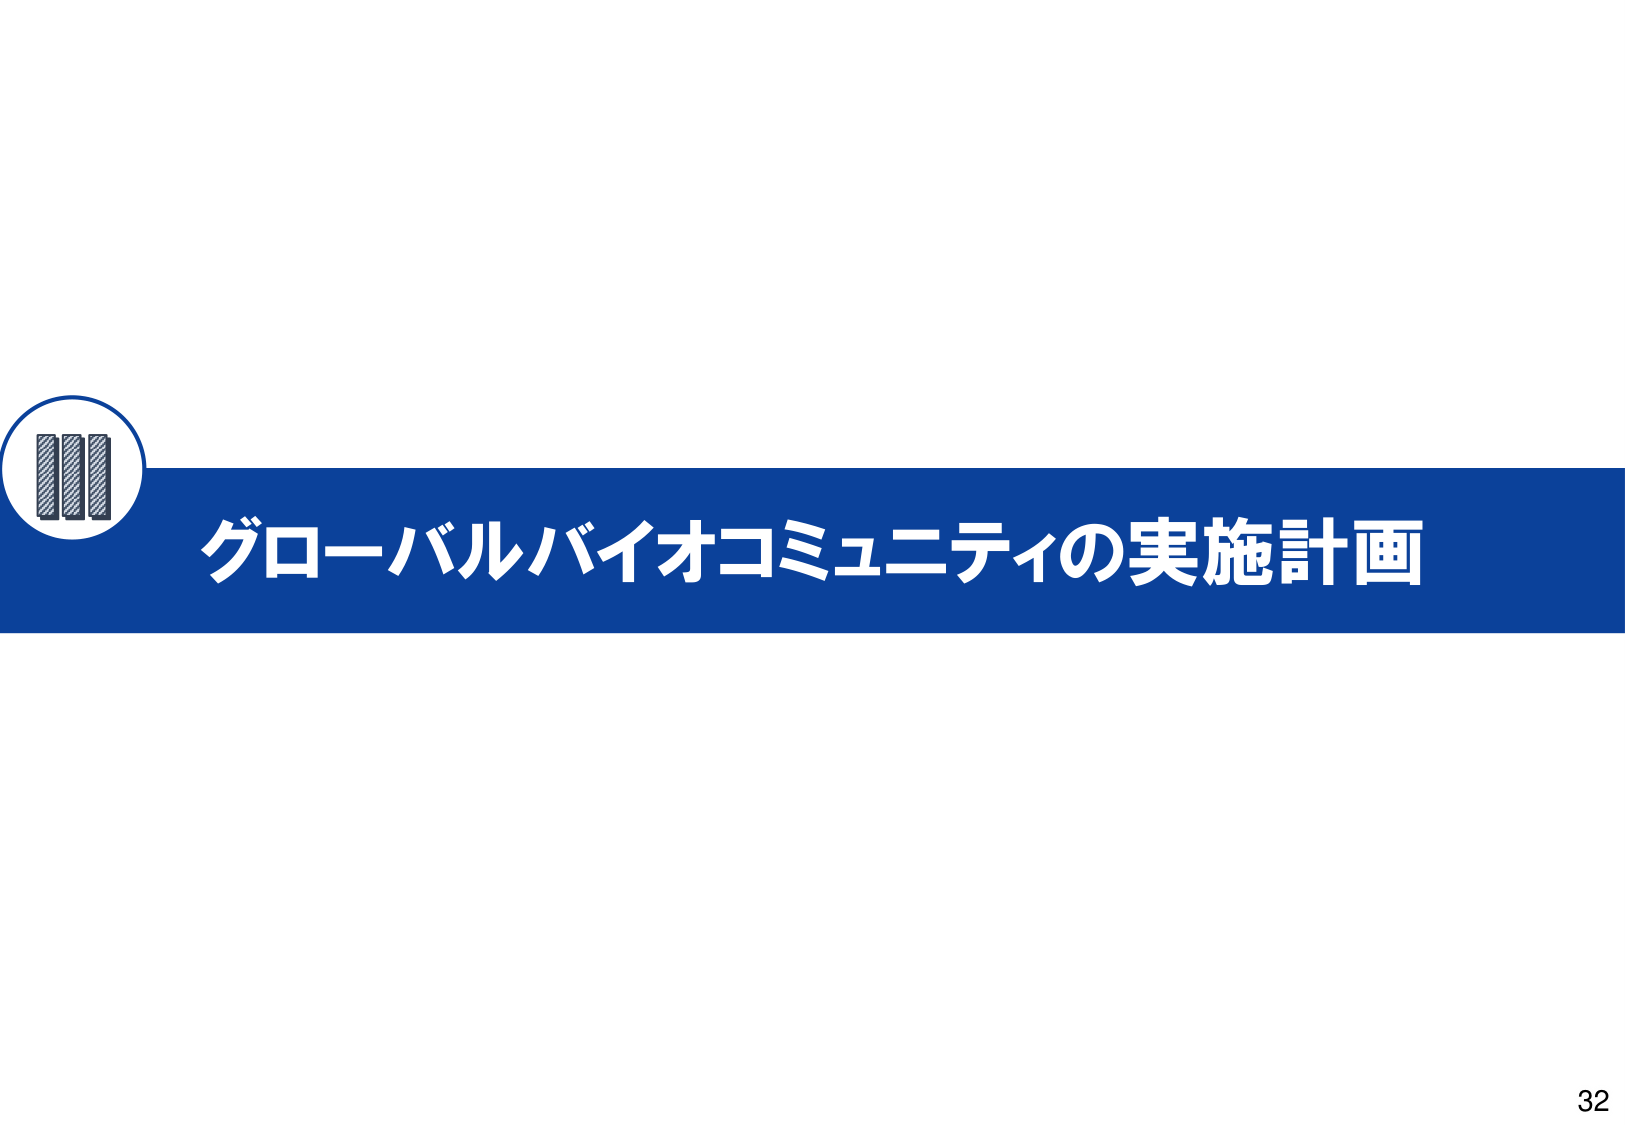
グローバルバイオコミュニティの実施計画
32